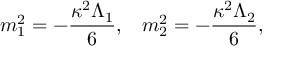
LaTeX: m _ { 1 } ^ { 2 } = - \frac { \kappa ^ { 2 } \Lambda _ { 1 } } { 6 } , \; \; \; m _ { 2 } ^ { 2 } = - \frac { \kappa ^ { 2 } \Lambda _ { 2 } } { 6 } ,